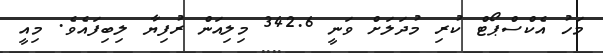
މަހު އެކްސްޕޯޓް ކުރި މުދަލަށް ވަނީ 342.6 މިލިއަން ރުފިޔާ ލިބިފައެވެ. މިއީ